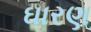
ઘારણ